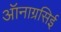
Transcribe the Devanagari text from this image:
ऑनाग्रसिई